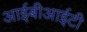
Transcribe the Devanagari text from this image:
आईबीआईटी